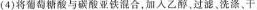
(4)将葡萄糖酸与碳酸亚铁混合，加入乙醇，过滤、洗涤，干